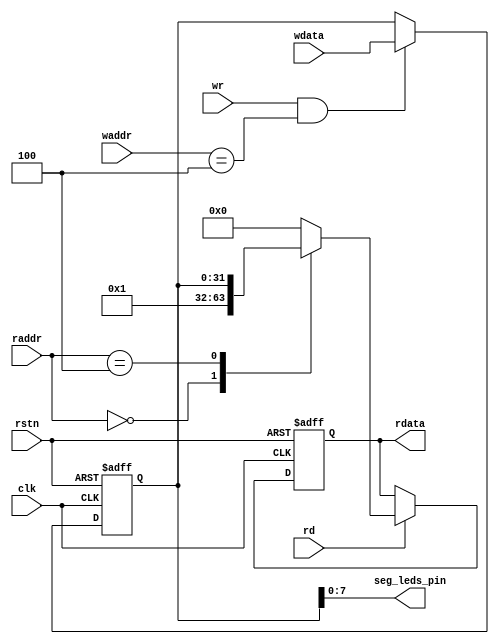
module seg_leds(
  input clk,
  input rstn,
  
  // interface to CPU
  input wr,
  input [31:0] waddr,
  input [31:0] wdata,
  
  input rd,
  input [31:0] raddr,
  output [31:0] rdata,
  
  // pin
  output [7:0] seg_leds_pin
);

  localparam ADDR_VER = 'd0,  ADDR_DATA = 'd4;
  localparam HW_VER = 32'h01;
  
  ////////  Write Logic ///////
  reg [31:0] seg_leds_data;
  
  always @(posedge clk or negedge rstn)
  begin
  	if (~rstn)
  	  seg_leds_data <= 'd0;
  	else if (wr & (waddr == ADDR_DATA))
  	  seg_leds_data <= wdata;
  end

  assign seg_leds_pin = seg_leds_data[7:0];
  
  
  ////////  Read Logic ///////
  reg [31:0] rd_reg;
  
  always @(posedge clk or negedge rstn)
  begin
  	if (~rstn)
  	  rd_reg <= 'h0;
  	else if (rd)
  	  case (raddr)
        ADDR_VER:  rd_reg <= HW_VER;
        ADDR_DATA: rd_reg <= seg_leds_data;
        default:   rd_reg <= 32'h00;
    endcase
  end
  
  assign rdata = rd_reg;
  
endmodule